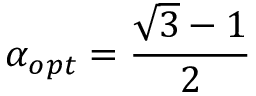
\alpha _ { o p t } = \frac { \sqrt { 3 } - 1 } { 2 }